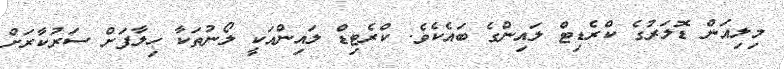
މިލިއަން ޑޮލަރުގެ ކްރެޑިޓް ލައިންގެ ބައެކެވެ. ކްރެޓިޑް ލައިންއަކީ ލޯނުތަކާ ހިލާފަށް ސަރުކާރަށް